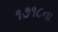
૧૭૧૮ના